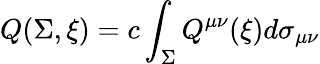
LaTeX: Q(\Sigma,\xi)=c\int_{\Sigma}Q^{\mu\nu}(\xi)d\sigma_{\mu\nu}